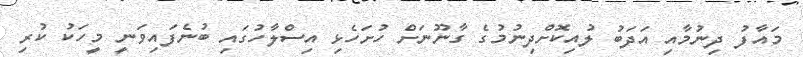
މައާފު ދިނުމާއި އަދަބު ލުއިކޮށްދިނުމުގެ ގާނޫނަށް ހުށަހެޅި އިސްލާހުގައި ބުނެފައިވަނީ މީހަކު ކުރި